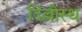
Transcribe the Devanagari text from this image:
दिल्लीस्थ